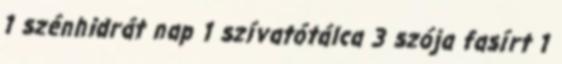
1 szénhidrát nap 1 szívatótálca 3 szója fasírt 1